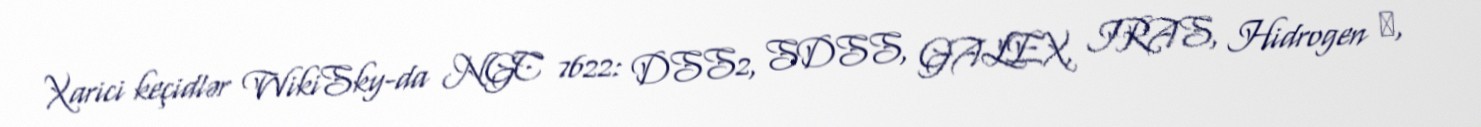
Xarici keçidlər WikiSky-da NGC 7622: DSS2, SDSS, GALEX, IRAS, Hidrogen α,